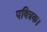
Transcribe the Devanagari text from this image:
पवित्रक।